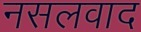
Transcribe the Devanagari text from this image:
नसलवाद